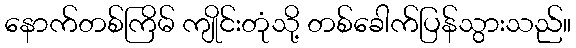
နောက်တစ်ကြိမ် ကျိုင်းတုံသို့ တစ်ခေါက်ပြန်သွားသည်။